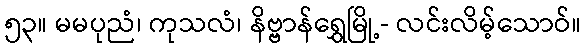
၅၃။ မမပုညံ၊ ကုသလံ၊ နိဗ္ဗာန်ရွှေမြို့- လင်းလိမ့်သောဝ်။